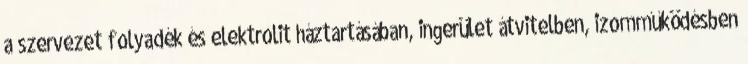
a szervezet folyadék és elektrolit háztartásában, ingerület átvitelben, izomműködésben